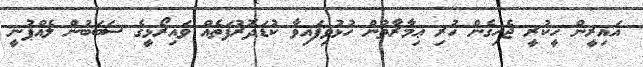
އައިރީން ހީކުރީ ޖެހިގެން ހުރި ޢިމާރާތުން ހުޅުވިފައިވާ ކުޑަދޮރުފަތެއް ވައިރޯޅީގެ ސަބަބުން ލެއްޕުނީ